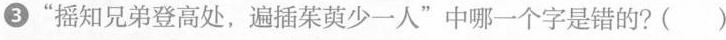
③”摇知兄弟登高处，遍插茱萸少一人”中哪一个字是错的?( )